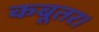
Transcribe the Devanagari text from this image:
कबूतर।